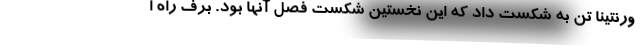
ورنتینا تن به شکست داد که این نخستین شکست فصل آنها بود. برف راه ا